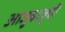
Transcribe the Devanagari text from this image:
आजुबाजुची